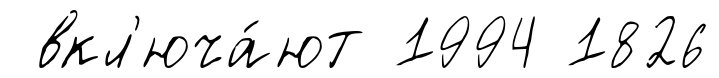
вкл'юча́ют 1994 1826